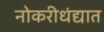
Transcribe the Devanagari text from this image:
नोकरीधंद्यात